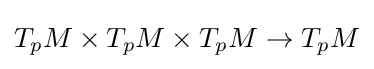
T_{p}M\times T_{p}M\times T_{p}M\to T_{p}M